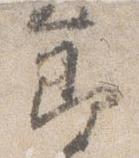
節